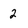
Character: 2